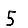
Digit: 5